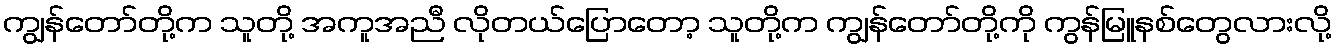
ကျွန်တော်တို့က သူတို့ အကူအညီ လိုတယ်ပြောတော့ သူတို့က ကျွန်တော်တို့ကို ကွန်မြူနစ်တွေလားလို့